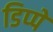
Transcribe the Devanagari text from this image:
डिप्‍पे